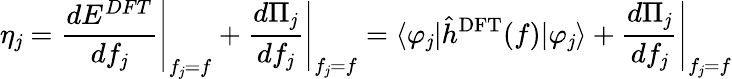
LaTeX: \eta_{\mathit{j}}=\left.\frac{{dE^{DFT}}}{{df_{\mathit{j}}}}\right\rvert_{f_{\mathit{j}}=f}+\left.\frac{{d\Pi_{\mathit{j}}}}{{df_{\mathit{j}}}}\right\rvert_{f_{\mathit{j}}=f}=\langle\varphi_{\mathit{j}}\rvert\hat{{h}}^{\mathrm{{DFT}}}(f)\lvert\varphi_{\mathit{j}}\rangle+\left.\frac{{d\Pi_{\mathit{j}}}}{{df_{\mathit{j}}}}\right\rvert_{f_{\mathit{j}}=f}